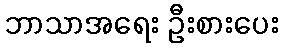
ဘာသာအရေး ဦးစားပေး